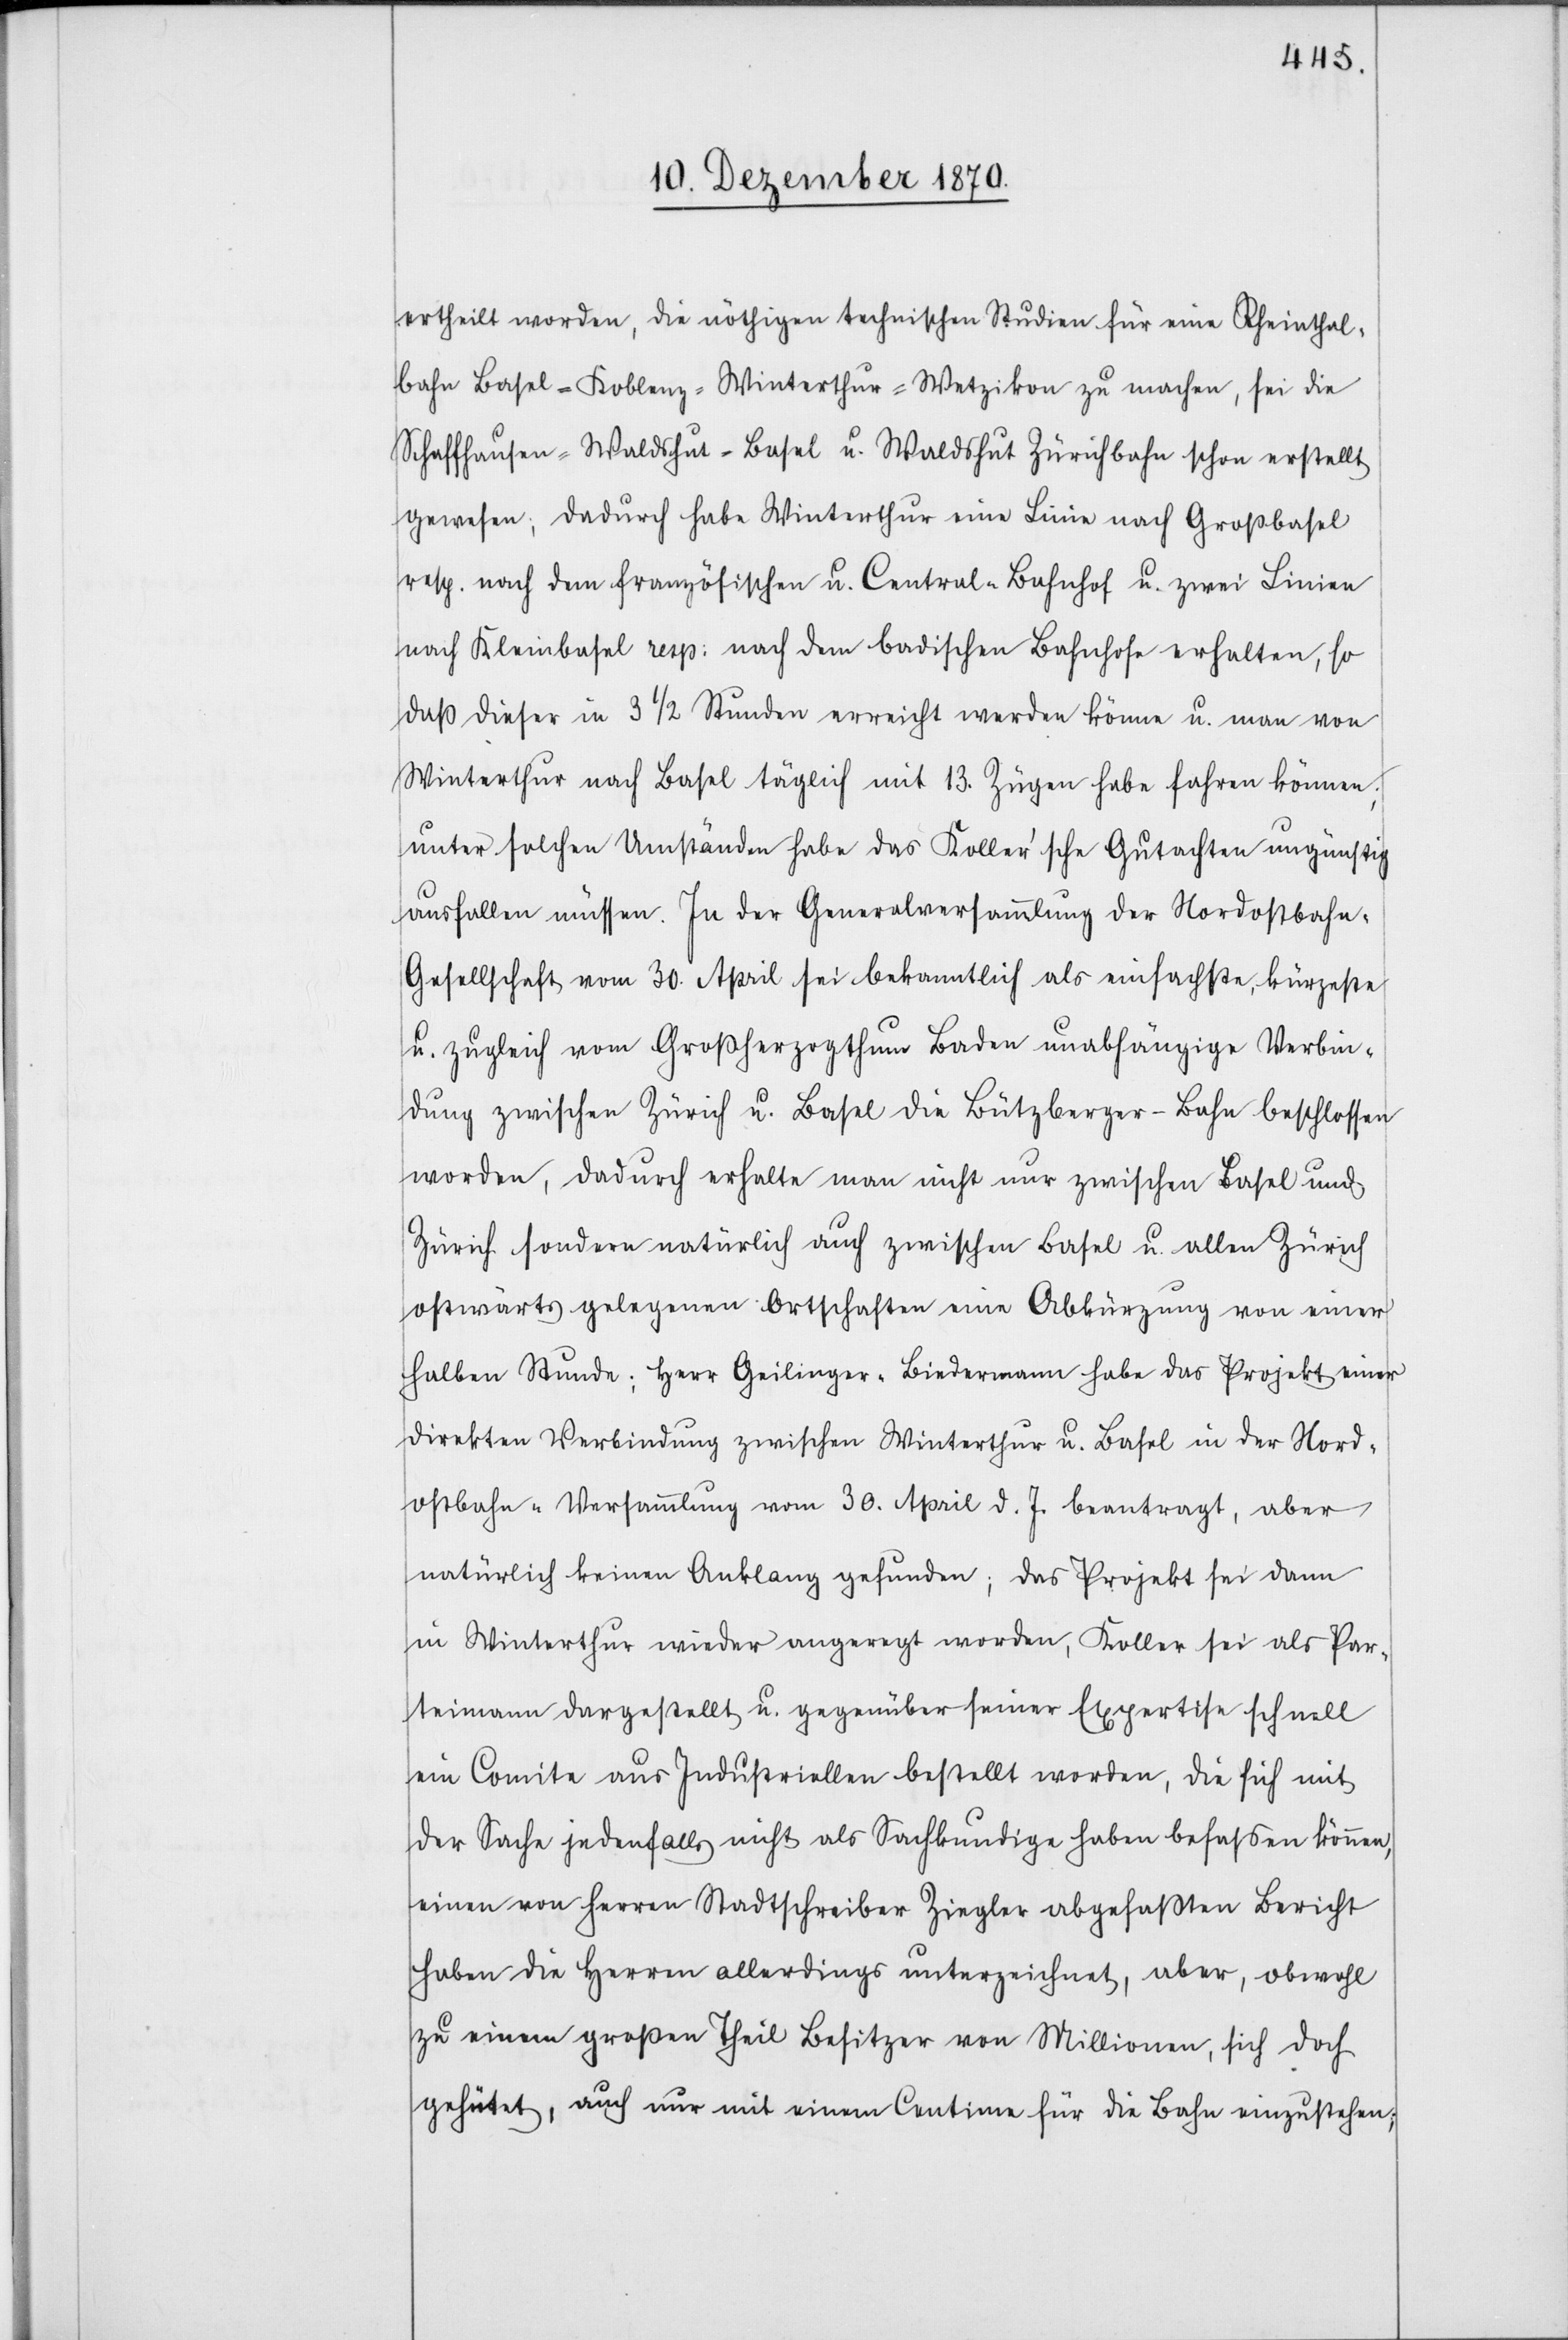
ertheilt worden, die nöthigen technischen Studien für eine Rheinthal¬
bahn Basel–Koblenz–Winterthur–Wetzikon zu machen, sei die
Schaffhausen–Waldshut–Basel u. Waldshut–Zürichbahn schon erstellt
gewesen; dadurch habe Winterthur eine Linie nach Großbasel
resp. nach dem französischen u. Central-Bahnhof u. zwei Linien
nach Kleinbasel resp: nach dem badischen Bahnhofe erhalten, so
daß dieser in 3 1/2 Stunden erreicht werden könne u. man von
Winterthur nach Basel täglich mit 13. Zügen habe fahren können;
unter solchen Umständen habe das Koller’sche Gutachten ungünstig
ausfallen müssen. In der Generalversammlung der Nordostbahn-G¬
esellschaft vom 30. April sei bekanntlich als einfachste, kürzeste
u. zugleich vom Großherzogthum Baden unabhängige Verbin¬
dung zwischen Zürich u. Basel die Bützberger-Bahn beschlossen
worden, dadurch erhalte man nicht nur zwischen Basel und
Zürich sondern natürlich auch zwischen Basel u. allen Zürich
ostwärts gelegenen Ortschaften eine Abkürzung von einer
halben Stunde; Herr Geilinger-Biedermann habe das Projekt einer
direkten Verbindung zwischen Winterthur u. Basel in der Nord¬
ostbahn-Versammlung vom 30. April d. J. beantragt, aber
natürlich keinen Anklang gefunden; das Projekt sei dann
in Winterthur wieder angeregt worden, Koller sei als Par¬
teimann dargestellt u. gegenüber seiner Expertise schnell
ein Comite aus Industriellen bestellt worden, die sich mit
der Sache jedenfalls nicht als Sachkundige haben befassen können,
einen von Herren Stadtschreiber Ziegler abgefassten Bericht
haben die Herren allerdings unterzeichnet, aber, obwohl
zu einem großen Theil Besitzer von Millionen, sich doch
gehütet, auch nur mit einem Centime für die Bahn einzustehen;